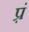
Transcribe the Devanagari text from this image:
प़्रं